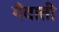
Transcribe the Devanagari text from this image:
गँवाती